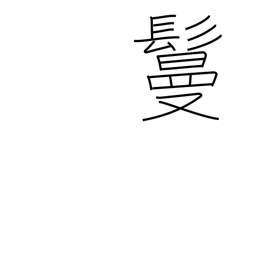
Meaning: hair piece